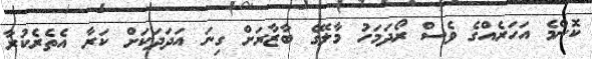
ކޮންމެ އަހަރެއްގެ ވެސް ރޯދަމަހު މާލޭގެ ބާޒާރަށް ގިނަ އަދަދަކަށް ކަރާ އެތެރެކުރާ